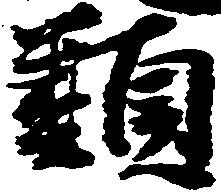
類